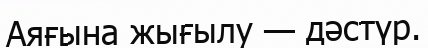
Аяғына жығылу — дәстүр.